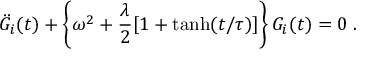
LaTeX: \ddot { G } _ { i } ( t ) + \left\{ \omega ^ { 2 } + \frac { \lambda } { 2 } [ 1 + \operatorname { t a n h } ( t / \tau ) ] \right\} G _ { i } ( t ) = 0 \; .